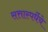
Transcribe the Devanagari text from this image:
सत्तास्पर्धेचे